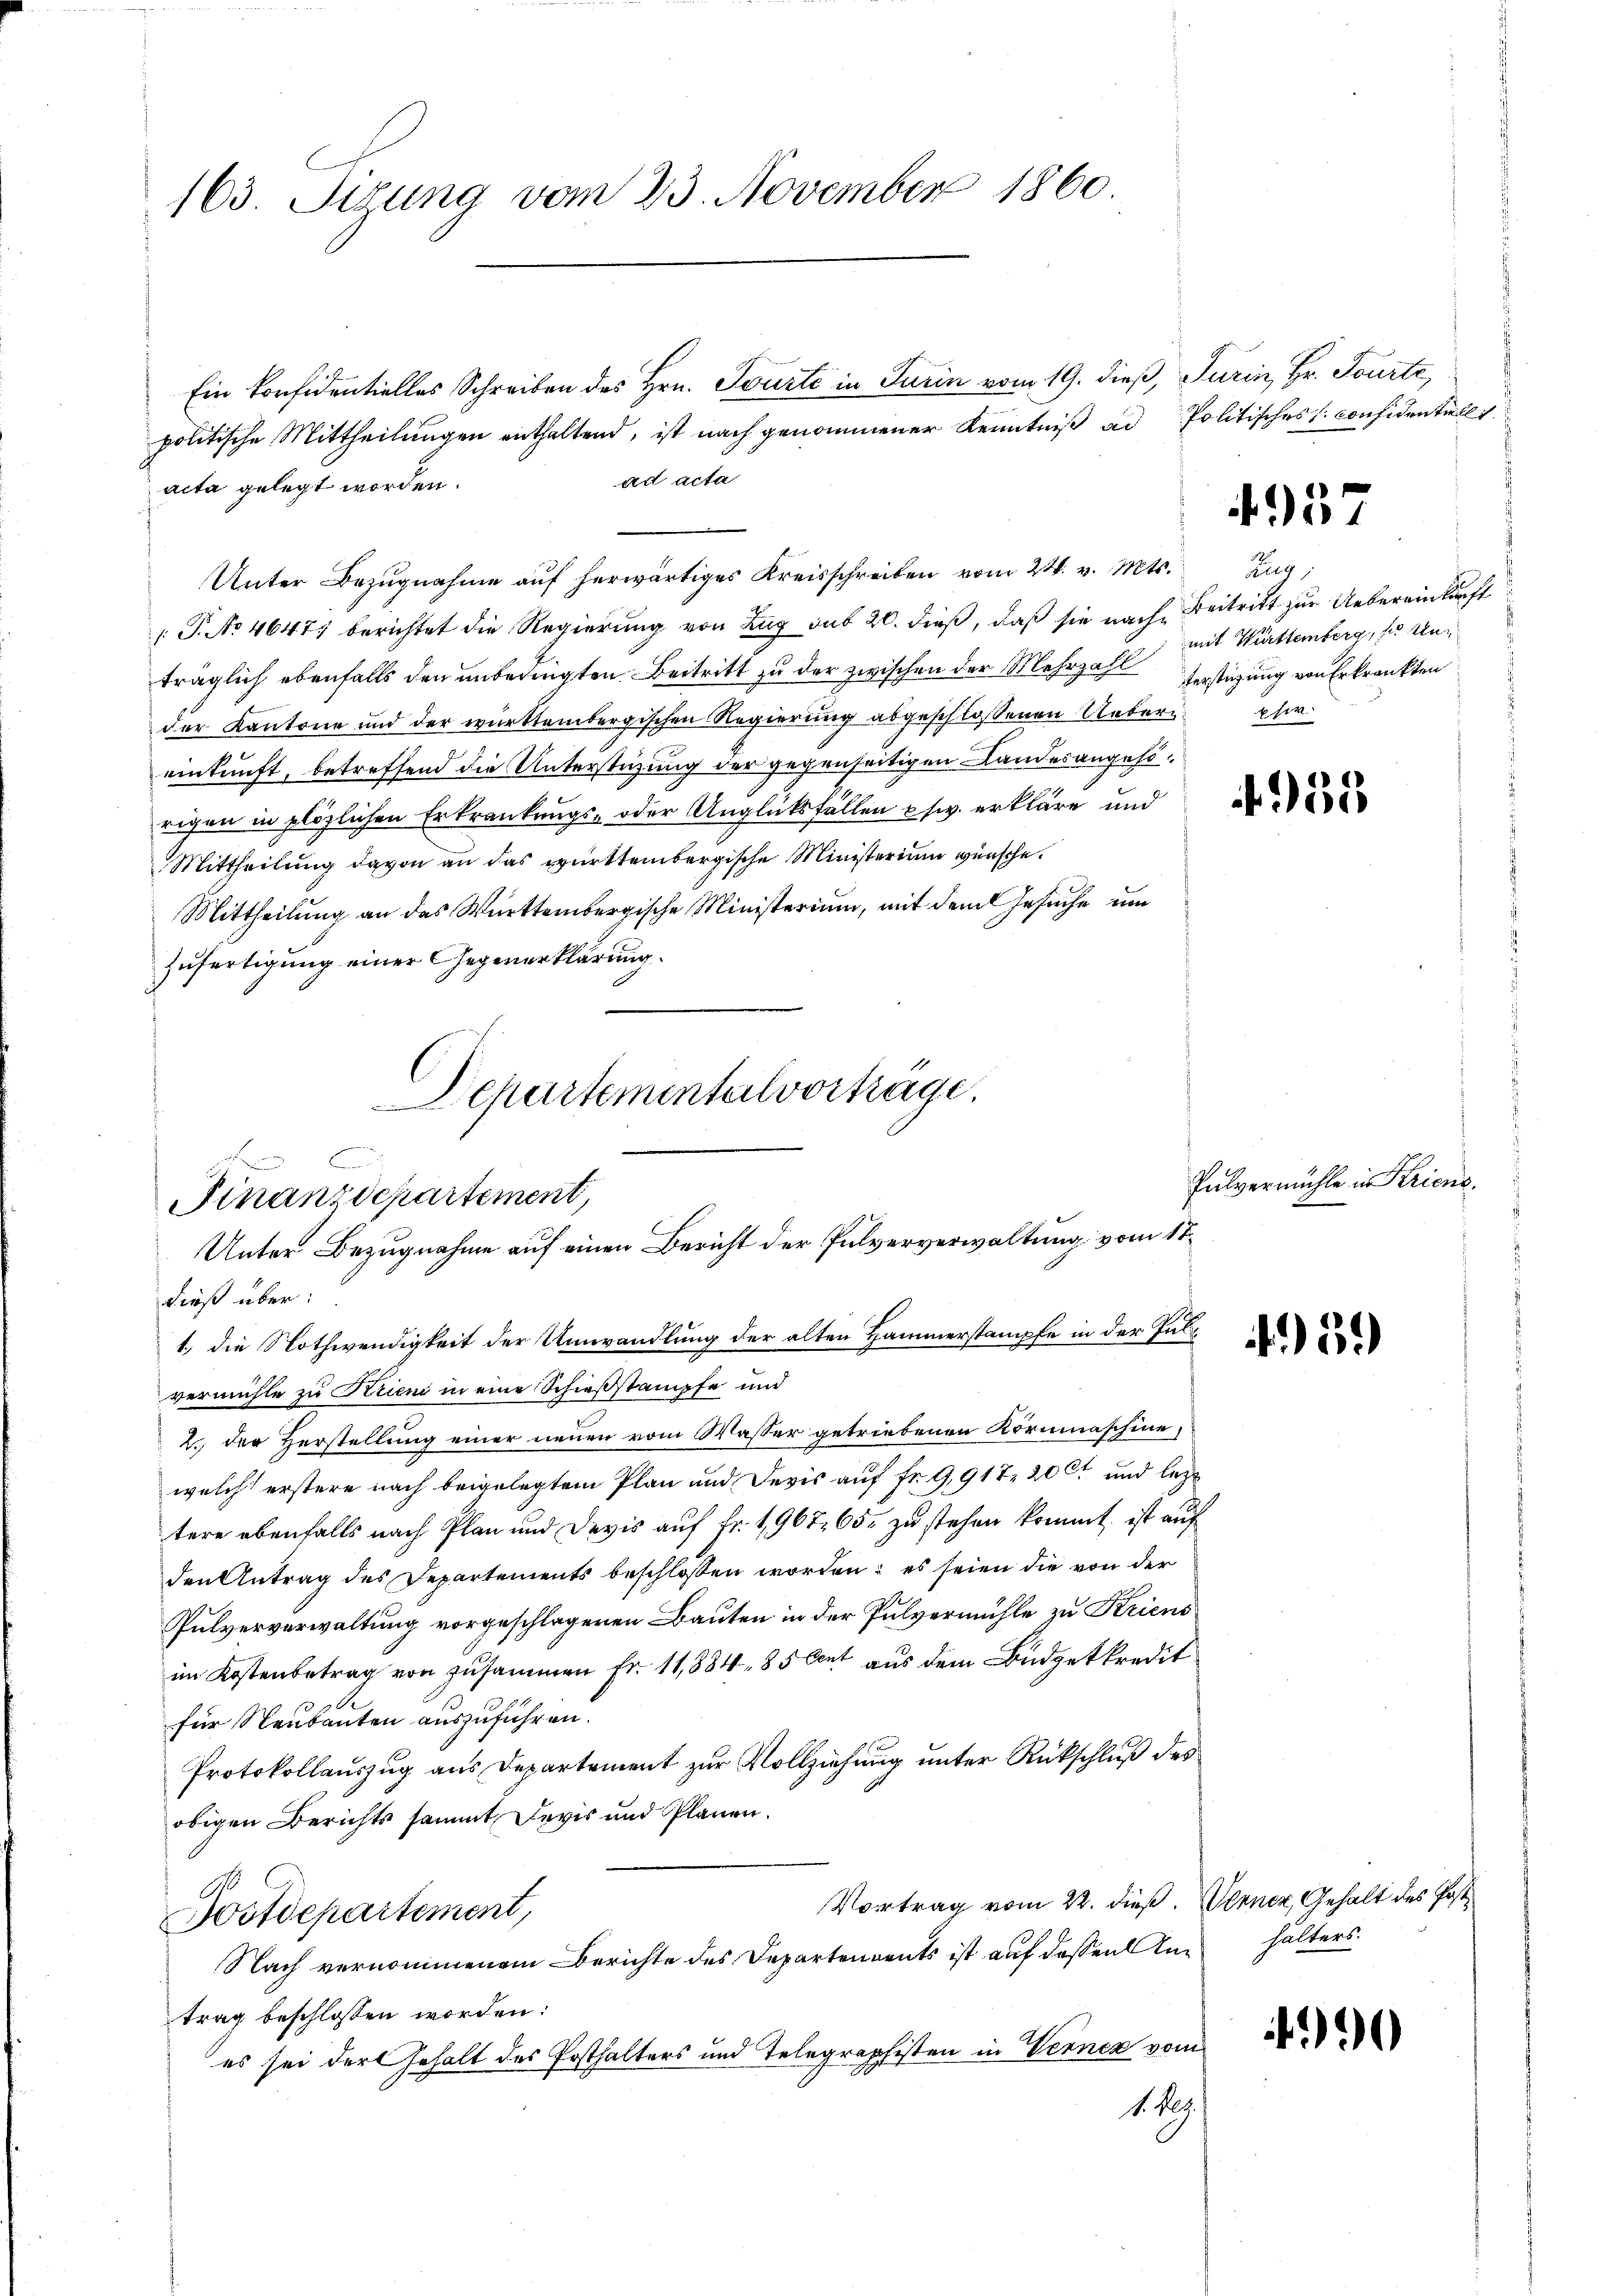
163. Sizung vom 23. November 1860.

ad acta
acta gelegt worden.
Unter Bezŭgnahme aŭf herwärtiges Kreisschreiben vom 24. v. Mts. Zug
 P. No 46477 berichtet die Regierŭng von Zŭg sub 20. dieß, daß sie nach Beitritt zur Uebereinkunft
träglich ebenfalls den unbedingten Beitritt zu der zwischen der Mehrzahl erstüzung von Erkrankten
der Kantone und der württembergischen Regierung abgeschlossenen Ueberi per
einkunft, betreffend die Unterstüzung der gegenseitigen Landesangehörigen in plözlichen Erkrankungs- oder Unglüksfällen usw. erkläre und
Mittheilung davon an das württembergische Ministerium wünsche.
Mittheilung an das Württembergische Ministerium, mit dem Gesuche um
Zufertigung einer Gegenerklärung.
dieß über:
1.) die Nothwendigkeit der Umwandlung der alten Hammerstampfe in der Palvermichte zu Krien in eine Schießstämpfe und
2. der Herstellung einer neuen vom Wasser getriebenen Kornmaschine,
welch erstere nach beigelegtem Plan und Devis auf Fr. 9,917 20 ct und letzt
tere ebenfalls nach Plan und Devis auf Fr. 1967 65 zu stehen kommt, ist auf
den Antrag des Departements beschlossen worden; es seien die von der
Pulververwaltung vorgeschlagenen Bauten in der Pulvermühle zu Kriensim Kostenbetrag von zusammen Fr. 11,884. 85 Cent aus dem Büdgetkredit
für Neubauten auszuführen.
Protokollauszug aus Departement zur Vollziehung unter Rückschluß des
obigen Berichts sammt Devis und Plänen.
Vortrag vom 22. dieß. Verner, Gehalt des Post
Postdepartement,
Nach vernommenem Berichte des Departendents ist auf dessen Antrag beschlossen worden:
es sei der Gehalt des Posthalters und Telegraphisten in Verner vom
18.

Departemental vorträge.
schen
Finanzdepartement,
Unter Bezugnahme auf einen Bericht der Pulververwaltung vom 17.

Ein Considentielles Schreiben des Hrn. Tourte in Turin vom 19. dieß, Turin, Hr. Tourte
politische Mittheilungen enthaltend, ist nach genommener Kenntniß ad Politisches considentiell

4957

mit Württemberg, so un¬

935

Pulvermühle in Kriens.

459)

hälters.

90